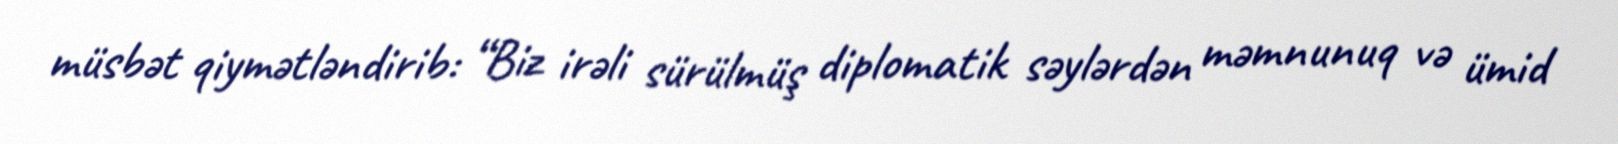
müsbət qiymətləndirib: “Biz irəli sürülmüş diplomatik səylərdən məmnunuq və ümid